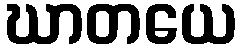
ဃာတယေ